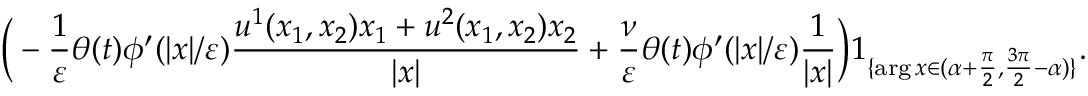
\Big ( - \frac { 1 } { \varepsilon } \theta ( t ) \phi ^ { \prime } ( | x | / \varepsilon ) \frac { u ^ { 1 } ( x _ { 1 } , x _ { 2 } ) x _ { 1 } + u ^ { 2 } ( x _ { 1 } , x _ { 2 } ) x _ { 2 } } { | x | } + \frac { \nu } { \varepsilon } \theta ( t ) \phi ^ { \prime } ( | x | / \varepsilon ) \frac { 1 } { | x | } \Big ) 1 _ { \{ \arg x \in ( \alpha + \frac { \pi } { 2 } , \frac { 3 \pi } { 2 } - \alpha ) \} } .